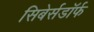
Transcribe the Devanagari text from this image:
सिबेर्सडॉर्फ